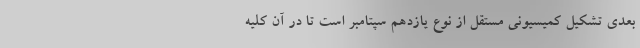
بعدی تشکیل کمیسیونی مستقل از نوع یازدهم سپتامبر است تا در آن کلیه